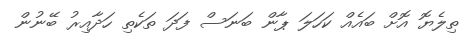
ތިލެޔޮ އޮށް ބައެއް ކަހަލަ ޕާން ބަނަސް ފަދަ ތަކެތި ހަދާއިރު ބޭނުން